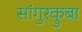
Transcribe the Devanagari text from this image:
सांगुरक्रुबा